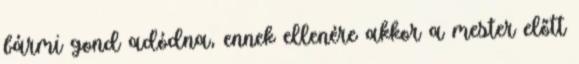
bármi gond adódna, ennek ellenére akkor a mester előtt